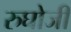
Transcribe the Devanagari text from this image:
रुघोजी